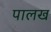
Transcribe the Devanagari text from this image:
पालख